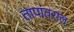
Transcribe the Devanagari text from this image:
तापांतराल